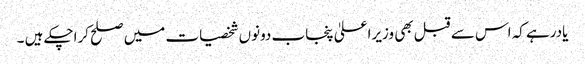
یادرہے کہ اس سے قبل بھی وزیراعلیٰ پنجاب دونوں شخصیات میں صلح کراچکے ہیں ۔